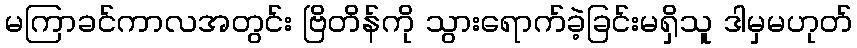
မကြာခင်ကာလအတွင်း ဗြိတိန်ကို သွားရောက်ခဲ့ခြင်းမရှိသူ ဒါမှမဟုတ်